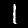
Label: 1